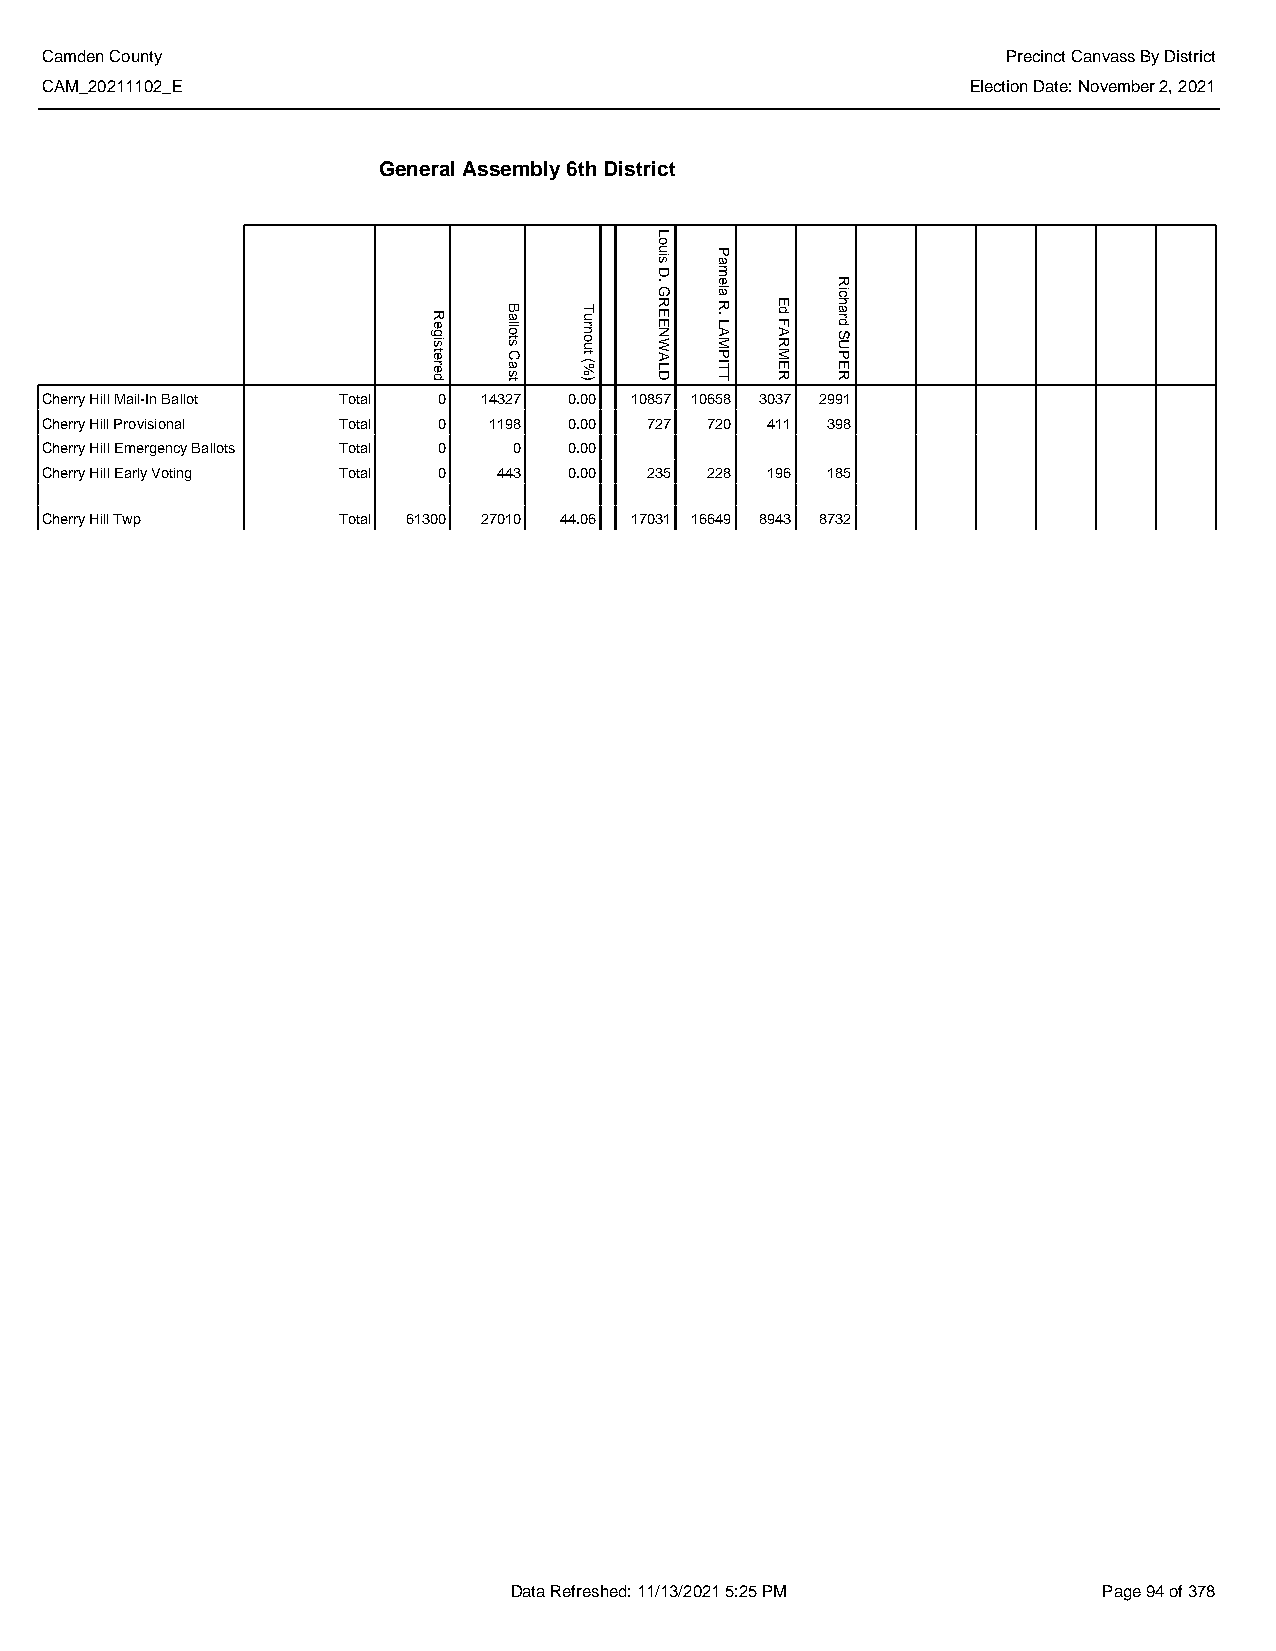
Camden County                                                   Precinct Canvass By District
 CAM_20211102_E                                               Election Date: November 2, 2021
 General Assembly 6th District
 Cherry Hill Mail-In Ballot Total 0 14327 0.00 10857 10658 3037 2991
 Cherry Hill Provisional Total 0 1198 0.00 727 720 411 398
 Cherry Hill Emergency Ballots Total 0 0 0.00
 Cherry Hill Early Voting Total 0 443 0.00 235 228 196 185
 Cherry Hill Twp    Total 61300 27010 44.06 17031 16649 8943 8732
 Data Refreshed: 11/13/2021 5:25 PM     Page 94 of 378
 Registered
 Ballots
 Cast
 Turnout
 (%)
 Louis
 D.
 GREENWALD
 Pamela
 R.
 LAMPITT
 Ed
 FARMER
 Richard
 SUPER